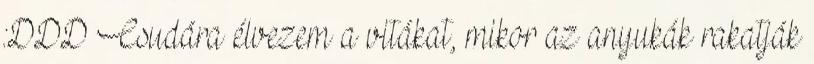
:DDD Csudára élvezem a vitákat, mikor az anyukák rakatják